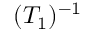
( T _ { 1 } ) ^ { - 1 }